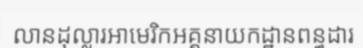
លានដុល្លារអាមេរិកអគ្គនាយកដ្ឋានពន្ធដារ